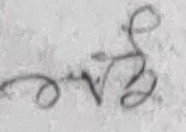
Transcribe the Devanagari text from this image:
वर्ष